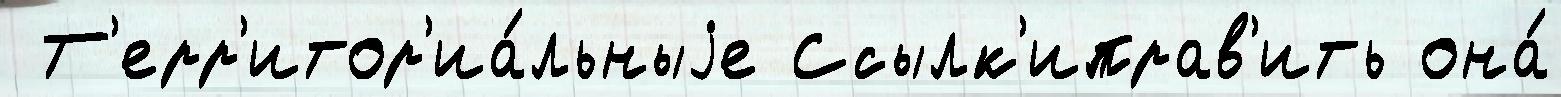
 Т'ерр'итор'иа́льныjе Ссылк'иправ'ить она́